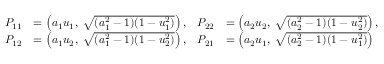
{ \begin{array} { r l r l } { P _ { 1 1 } } & { = \left( a _ { 1 } u _ { 1 } , \; { \sqrt { ( a _ { 1 } ^ { 2 } - 1 ) ( 1 - u _ { 1 } ^ { 2 } ) } } \right) , } & { P _ { 2 2 } } & { = \left( a _ { 2 } u _ { 2 } , \; { \sqrt { ( a _ { 2 } ^ { 2 } - 1 ) ( 1 - u _ { 2 } ^ { 2 } ) } } \right) , } \\ { P _ { 1 2 } } & { = \left( a _ { 1 } u _ { 2 } , \; { \sqrt { ( a _ { 1 } ^ { 2 } - 1 ) ( 1 - u _ { 2 } ^ { 2 } ) } } \right) , } & { P _ { 2 1 } } & { = \left( a _ { 2 } u _ { 1 } , \; { \sqrt { ( a _ { 2 } ^ { 2 } - 1 ) ( 1 - u _ { 1 } ^ { 2 } ) } } \right) } \end{array} }